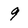
Character: 9